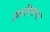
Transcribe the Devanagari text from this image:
इब्राहिमचा